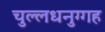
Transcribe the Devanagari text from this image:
चुल्लधनुग्गह